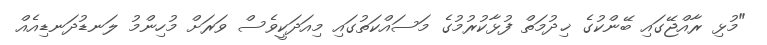
"މުޅި ރާއްޖޭގައި ބޭންކުގެ ޚިދުމަތް ފުޅާކުރުމުގެ މަސައްކަތުގައި މިއަދަކީވެސް ވަރަށް މުހިންމު ލަނޑުދަނޑިއެއް